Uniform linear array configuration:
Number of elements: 16
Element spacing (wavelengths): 0.25
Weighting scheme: exponential
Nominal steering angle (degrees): -30
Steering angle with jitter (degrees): -28.006
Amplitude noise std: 0.05
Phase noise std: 0.05

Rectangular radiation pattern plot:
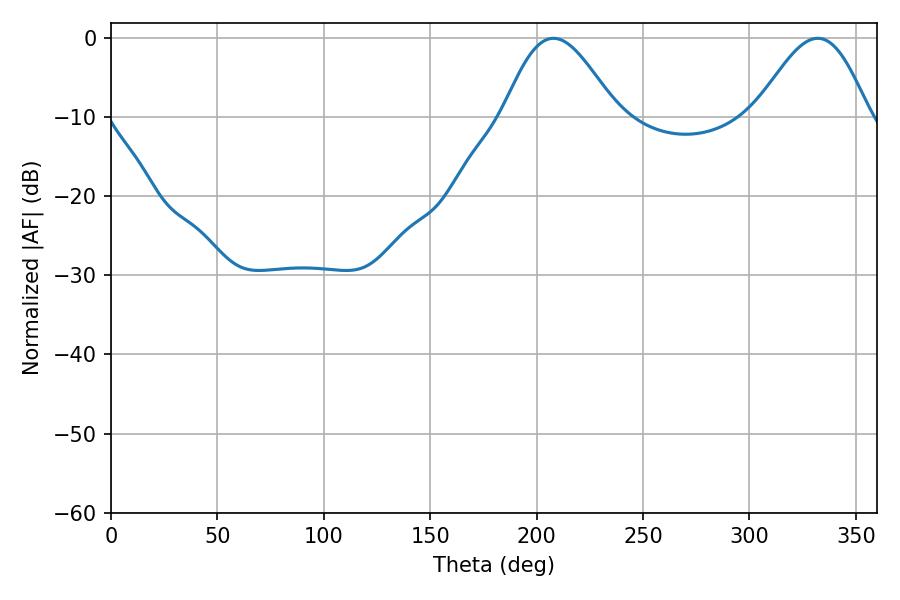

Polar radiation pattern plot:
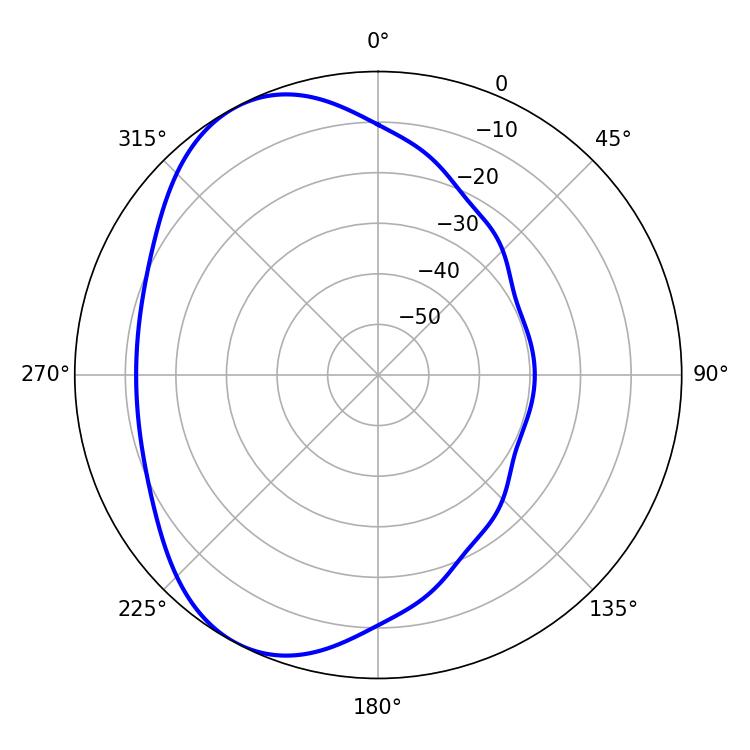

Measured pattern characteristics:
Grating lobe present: FALSE
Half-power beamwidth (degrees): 28.26
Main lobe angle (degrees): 207.9